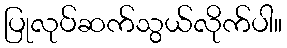
ပြုလုပ်ဆက်သွယ်လိုက်ပါ။